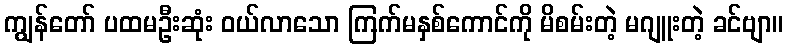
ကျွန်တော် ပထမဦးဆုံး ဝယ်လာသော ကြက်မနှစ်ကောင်ကို မိစမ်းတဲ့ မဂျူးတဲ့ ခင်ဗျာ။